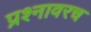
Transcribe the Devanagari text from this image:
प्रश्नावरच